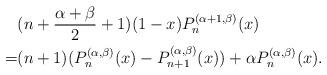
LaTeX: \begin{align*} & (n + \frac{\alpha + \beta}{2} + 1)(1-x) P_n^{(\alpha + 1, \beta)} (x) \\ = & (n + 1) (P_n^{(\alpha, \beta)}(x) - P_{n+1}^{(\alpha, \beta)}(x) ) + \alpha P_n^{(\alpha, \beta)} (x). \end{align*}